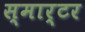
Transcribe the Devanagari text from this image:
स्मार्टर